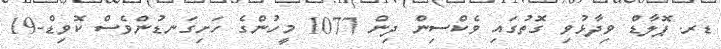
ޑރ. ޕޮލާޑް ވިދާޅުވި ގޮތުގައި ވެކްސިން ދިން 1077 މީހުންގެ ހަށިގަނޑުންވެސް ކޮވިޑް-19